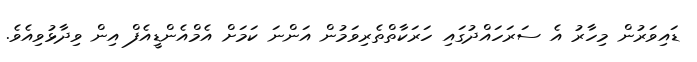
ޑައިވަރުން މިހާރު އެ ސަރަހައްދުގައި ހަރަކާތްތެރިވަމުން އަންނަ ކަމަށް އެމްއެންޑީއެފް އިން ވިދާޅުވިއެވެ.